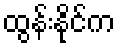
ထွန်းနိုင်က